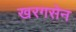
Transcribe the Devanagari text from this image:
खरगसेन